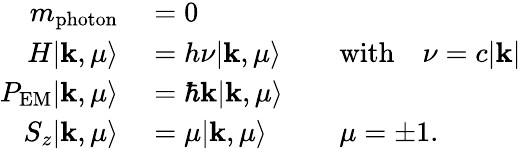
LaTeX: \begin{array}{rlrl}{m_{\textrm{photon}}}&{{}=0}\\ {H|\mathbf{k},\mu\rangle}&{{}=h\nu|\mathbf{k},\mu\rangle}&{}&{{}{\mathrm{with}}\quad\nu=c|\mathbf{k}|}\\ {P_{\textrm{EM}}|\mathbf{k},\mu\rangle}&{{}=\hbar\mathbf{k}|\mathbf{k},\mu\rangle}\\ {S_{z}|\mathbf{k},\mu\rangle}&{{}=\mu|\mathbf{k},\mu\rangle}&{}&{{}\mu=\pm 1.}\end{array}